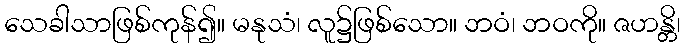
သေခါသာဖြစ်ကုန်၍။ မနုသံ၊ လူ၌ဖြစ်သော။ ဘဝံ၊ ဘဝကို။ ဇဟန္တိ၊